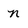
Character: n